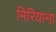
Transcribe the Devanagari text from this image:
मिरियाना